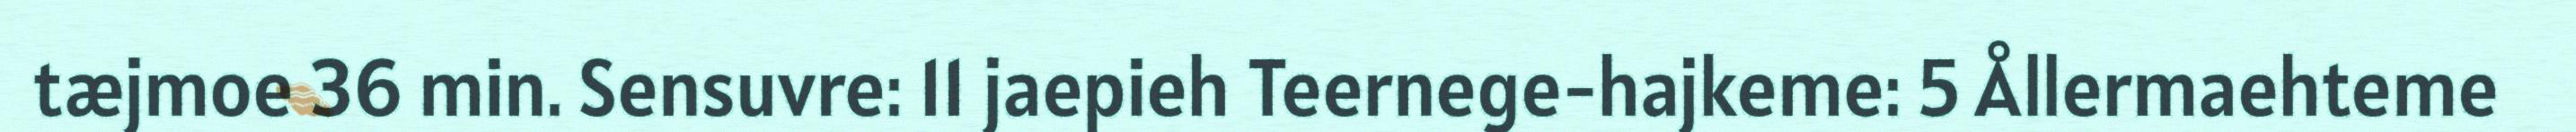
tæjmoe 36 min. Sensuvre: 11 jaepieh Teernege-hajkeme: 5 Ållermaehteme